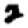
Digit: 2